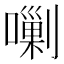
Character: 𱕄